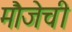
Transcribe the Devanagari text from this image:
मौजेची